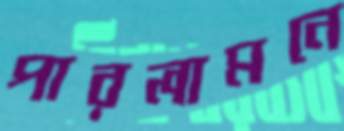
পারলামনে